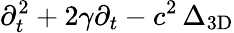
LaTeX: \partial_{t}^{2}+2\gamma\partial_{t}-c^{2}\, \Delta_{\mathrm{3D}}